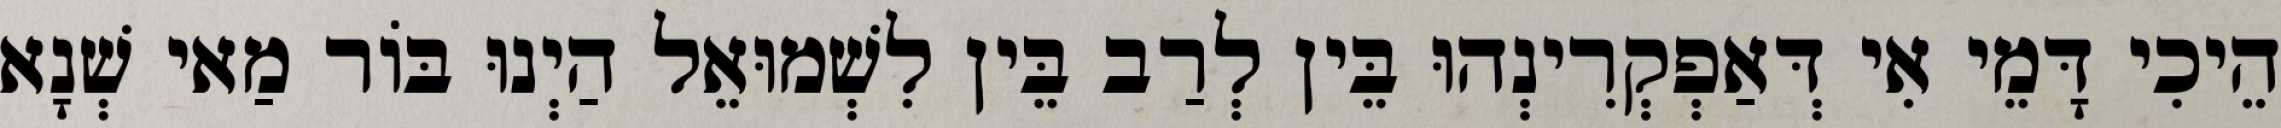
הֵיכִי דָּמֵי אִי דְּאַפְקְרִינְהוּ בֵּין לְרַב בֵּין לִשְׁמוּאֵל הַיְנוּ בּוֹר מַאי שְׁנָא